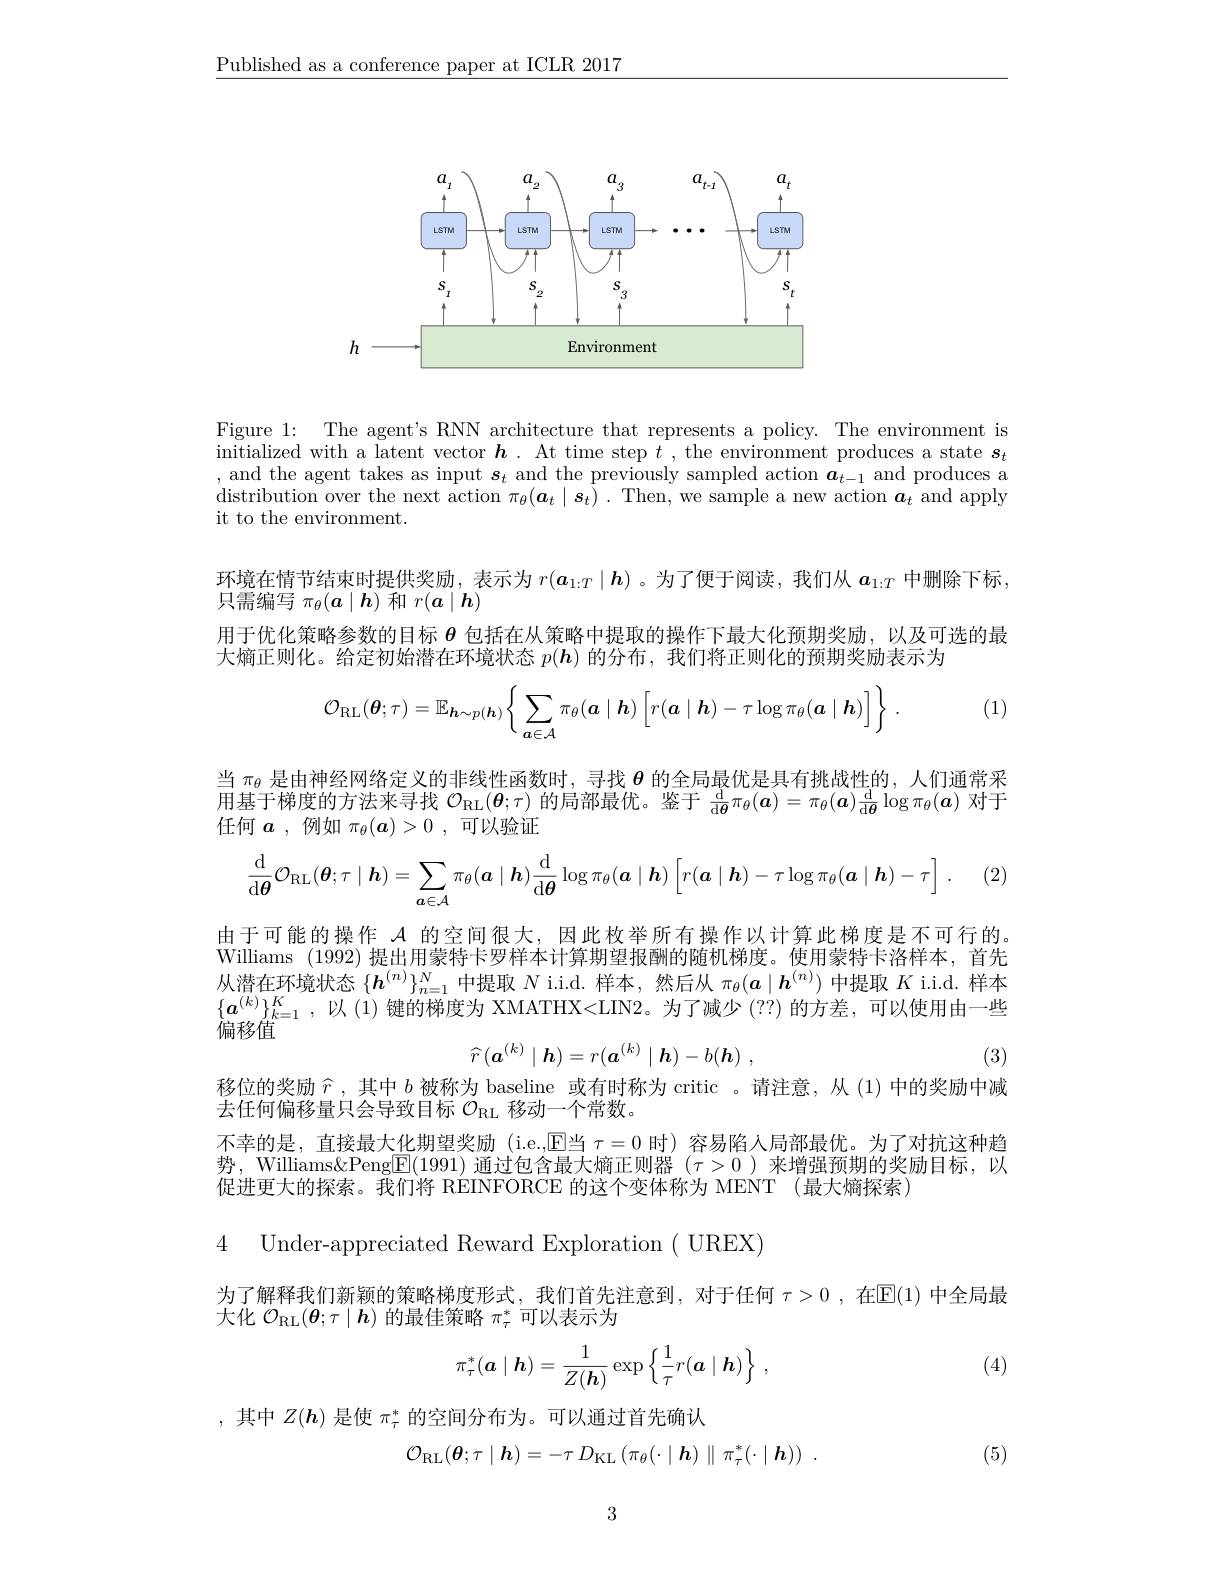
$\underline{\text{Published as a conference paper at ICLR 2017}}$

<FigureHere>

Figure 1: The agent's RNN architecture that represents a policy. The environment is initialized with a latent vector $\boldsymbol{h}.$ At time step $t$, the environment produces a state $\boldsymbol s_t$ , and the agent takes as input $\boldsymbol{s}_t$ and the previously sampled action $\boldsymbol{a}_t-1$ and produces a distribution over the next action $\pi_\theta(\boldsymbol{a}_t\mid\boldsymbol{s}_t).$ Then, we sample a new action $\boldsymbol{a}_t$ and apply it to the environment.
环境在情节结束时提供奖励，表示为$r(\boldsymbol{a}_{1:T}\mid\boldsymbol{h})$ 。为了便于阅读，我们从$\boldsymbol{a}_1:T$中删除下标，
只需编写$\pi_\theta(\boldsymbol{a}\mid\boldsymbol{h})$和$r(\boldsymbol{a}\mid\boldsymbol{h})$
用于优化策略参数的目标$\theta$包括在从策略中提取的操作下最大化预期奖励，以及可选的最
大熵正则化。给定初始潜在环境状态$p(\boldsymbol{h})$的分布，我们将正则化的预期奖励表示为
$$\mathcal{O}_{\mathrm{RL}}(\boldsymbol{\theta};\tau)=\mathbb{E}_{\boldsymbol{h}\sim p(\boldsymbol{h})}\Big\{\sum_{\boldsymbol{a}\in\mathcal{A}}\pi_\theta(\boldsymbol{a}\mid\boldsymbol{h})\Big[r(\boldsymbol{a}\mid\boldsymbol{h})-\tau\log\pi_\theta(\boldsymbol{a}\mid\boldsymbol{h})\Big]\Big\}\:.$$
(1)

当$\pi_\theta$是由神经网络定义的非线性函数时，寻找$\theta$的全局最优是具有挑战性的，人们通常采用基于梯度的方法来寻找$\mathcal{O}_\mathrm{RL}(\boldsymbol{\theta};\tau)$的局部最优。鉴于$\frac\mathrm{d}{\mathrm{d}\boldsymbol{\theta}}\pi_\theta(\boldsymbol{a})=\pi_\theta(\boldsymbol{a})\frac{\mathrm{d}}{\mathrm{d}\boldsymbol{\theta}}\log\pi_\theta(\boldsymbol{a})$对于任何$\boldsymbol a$,例如 $\pi_\theta(\boldsymbol{a})>0$ ,可以验证

(2)
$$\begin{aligned}\frac{\mathrm{d}}{\mathrm{d}\boldsymbol{\theta}}\mathcal{O}_{\mathrm{RL}}(\boldsymbol{\theta};\tau\mid\boldsymbol{h})=\sum_{\boldsymbol{a}\in\mathcal{A}}\pi_\theta(\boldsymbol{a}\mid\boldsymbol{h})\frac{\mathrm{d}}{\mathrm{d}\boldsymbol{\theta}}\log\pi_\theta(\boldsymbol{a}\mid\boldsymbol{h})\left[r(\boldsymbol{a}\mid\boldsymbol{h})-\tau\log\pi_\theta(\boldsymbol{a}\mid\boldsymbol{h})-\tau\right]\:.\end{aligned}$$
由于可能的操作$\mathcal{A}$的空间很大，因此枚举所有操作以计算此梯度是不可行的Williams (1992) 提出用蒙特卡罗样本计算期望报酬的随机梯度。使用蒙特卡洛样本，首先从潜在环境状态$\{\boldsymbol{h}^{(n)}\}_{n=1}^N$中提取$N$ i.i.d. 样本，然后从$\pi_\theta(\boldsymbol{a}\mid\boldsymbol{h}^{(n)})$中提取$K$ i.i.d. 样本$\{\boldsymbol{a}^{(k)}\}_{k=1}^K$,以 (1)键的梯度为 XMATHX<LIN2。为了减少 (??)的方差，可以使用由一些偏移值
$$\widehat{r}\left(\boldsymbol{a}^{(k)}\mid\boldsymbol{h}\right)=r(\boldsymbol{a}^{(k)}\mid\boldsymbol{h})-b(\boldsymbol{h})\:,$$
(3)

移位的奖励$\widehat{r}$,其中$b$被称为 baseline 或有时称为 critic 。请注意，从(1)中的奖励中减
去任何偏移量只会导致目标$\mathcal{O}_\mathrm{RL}$移动一个常数。
不幸的是，直接最大化期望奖励(i.e.,$\mathbb{E}$当 $\tau=0$ 时)容易陷人局部最优。为了对抗这种趋势，Williams&Peng$\boxed{\mathrm{E}}(1991)$通过包含最大熵正则器$(\tau>0)$来增强预期的奖励目标，以促进更大的探索。我们将 REINFORCE 的这个变体称为 MENT (最大熵探索)

4 Under-appreciated Reward Exploration( UREX)

为了解释我们新颖的策略梯度形式，我们首先注意到，对于任何$\tau > 0$ , 在 E(1)中全局最
大化$\mathcal{O}_{\mathrm{RL}}(\boldsymbol{\theta};\tau\mid\boldsymbol{h})$的最佳策略$\pi_\tau^*$可以表示为
$$\pi_{\tau}^{*}(\boldsymbol{a}\mid\boldsymbol{h})=\frac{1}{Z(\boldsymbol{h})}\exp\Big\{\frac{1}{\tau}r(\boldsymbol{a}\mid\boldsymbol{h})\Big\}\:,$$
(4)

,其中$Z(\boldsymbol{h})$是使$\pi_\tau^*$的空间分布为。可以通过首先确认
$$\mathcal{O}_{\mathrm{RL}}(\boldsymbol{\theta};\tau\mid\boldsymbol{h})=-\tau\:D_{\mathrm{KL}}\:(\pi_{\theta}(\cdot\mid\boldsymbol{h})\parallel\pi_{\tau}^{*}(\cdot\mid\boldsymbol{h}))\:.$$
(5)

3